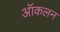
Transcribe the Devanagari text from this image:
ऑकलन